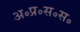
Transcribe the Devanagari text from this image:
अ॰प्र॰स॰स॰